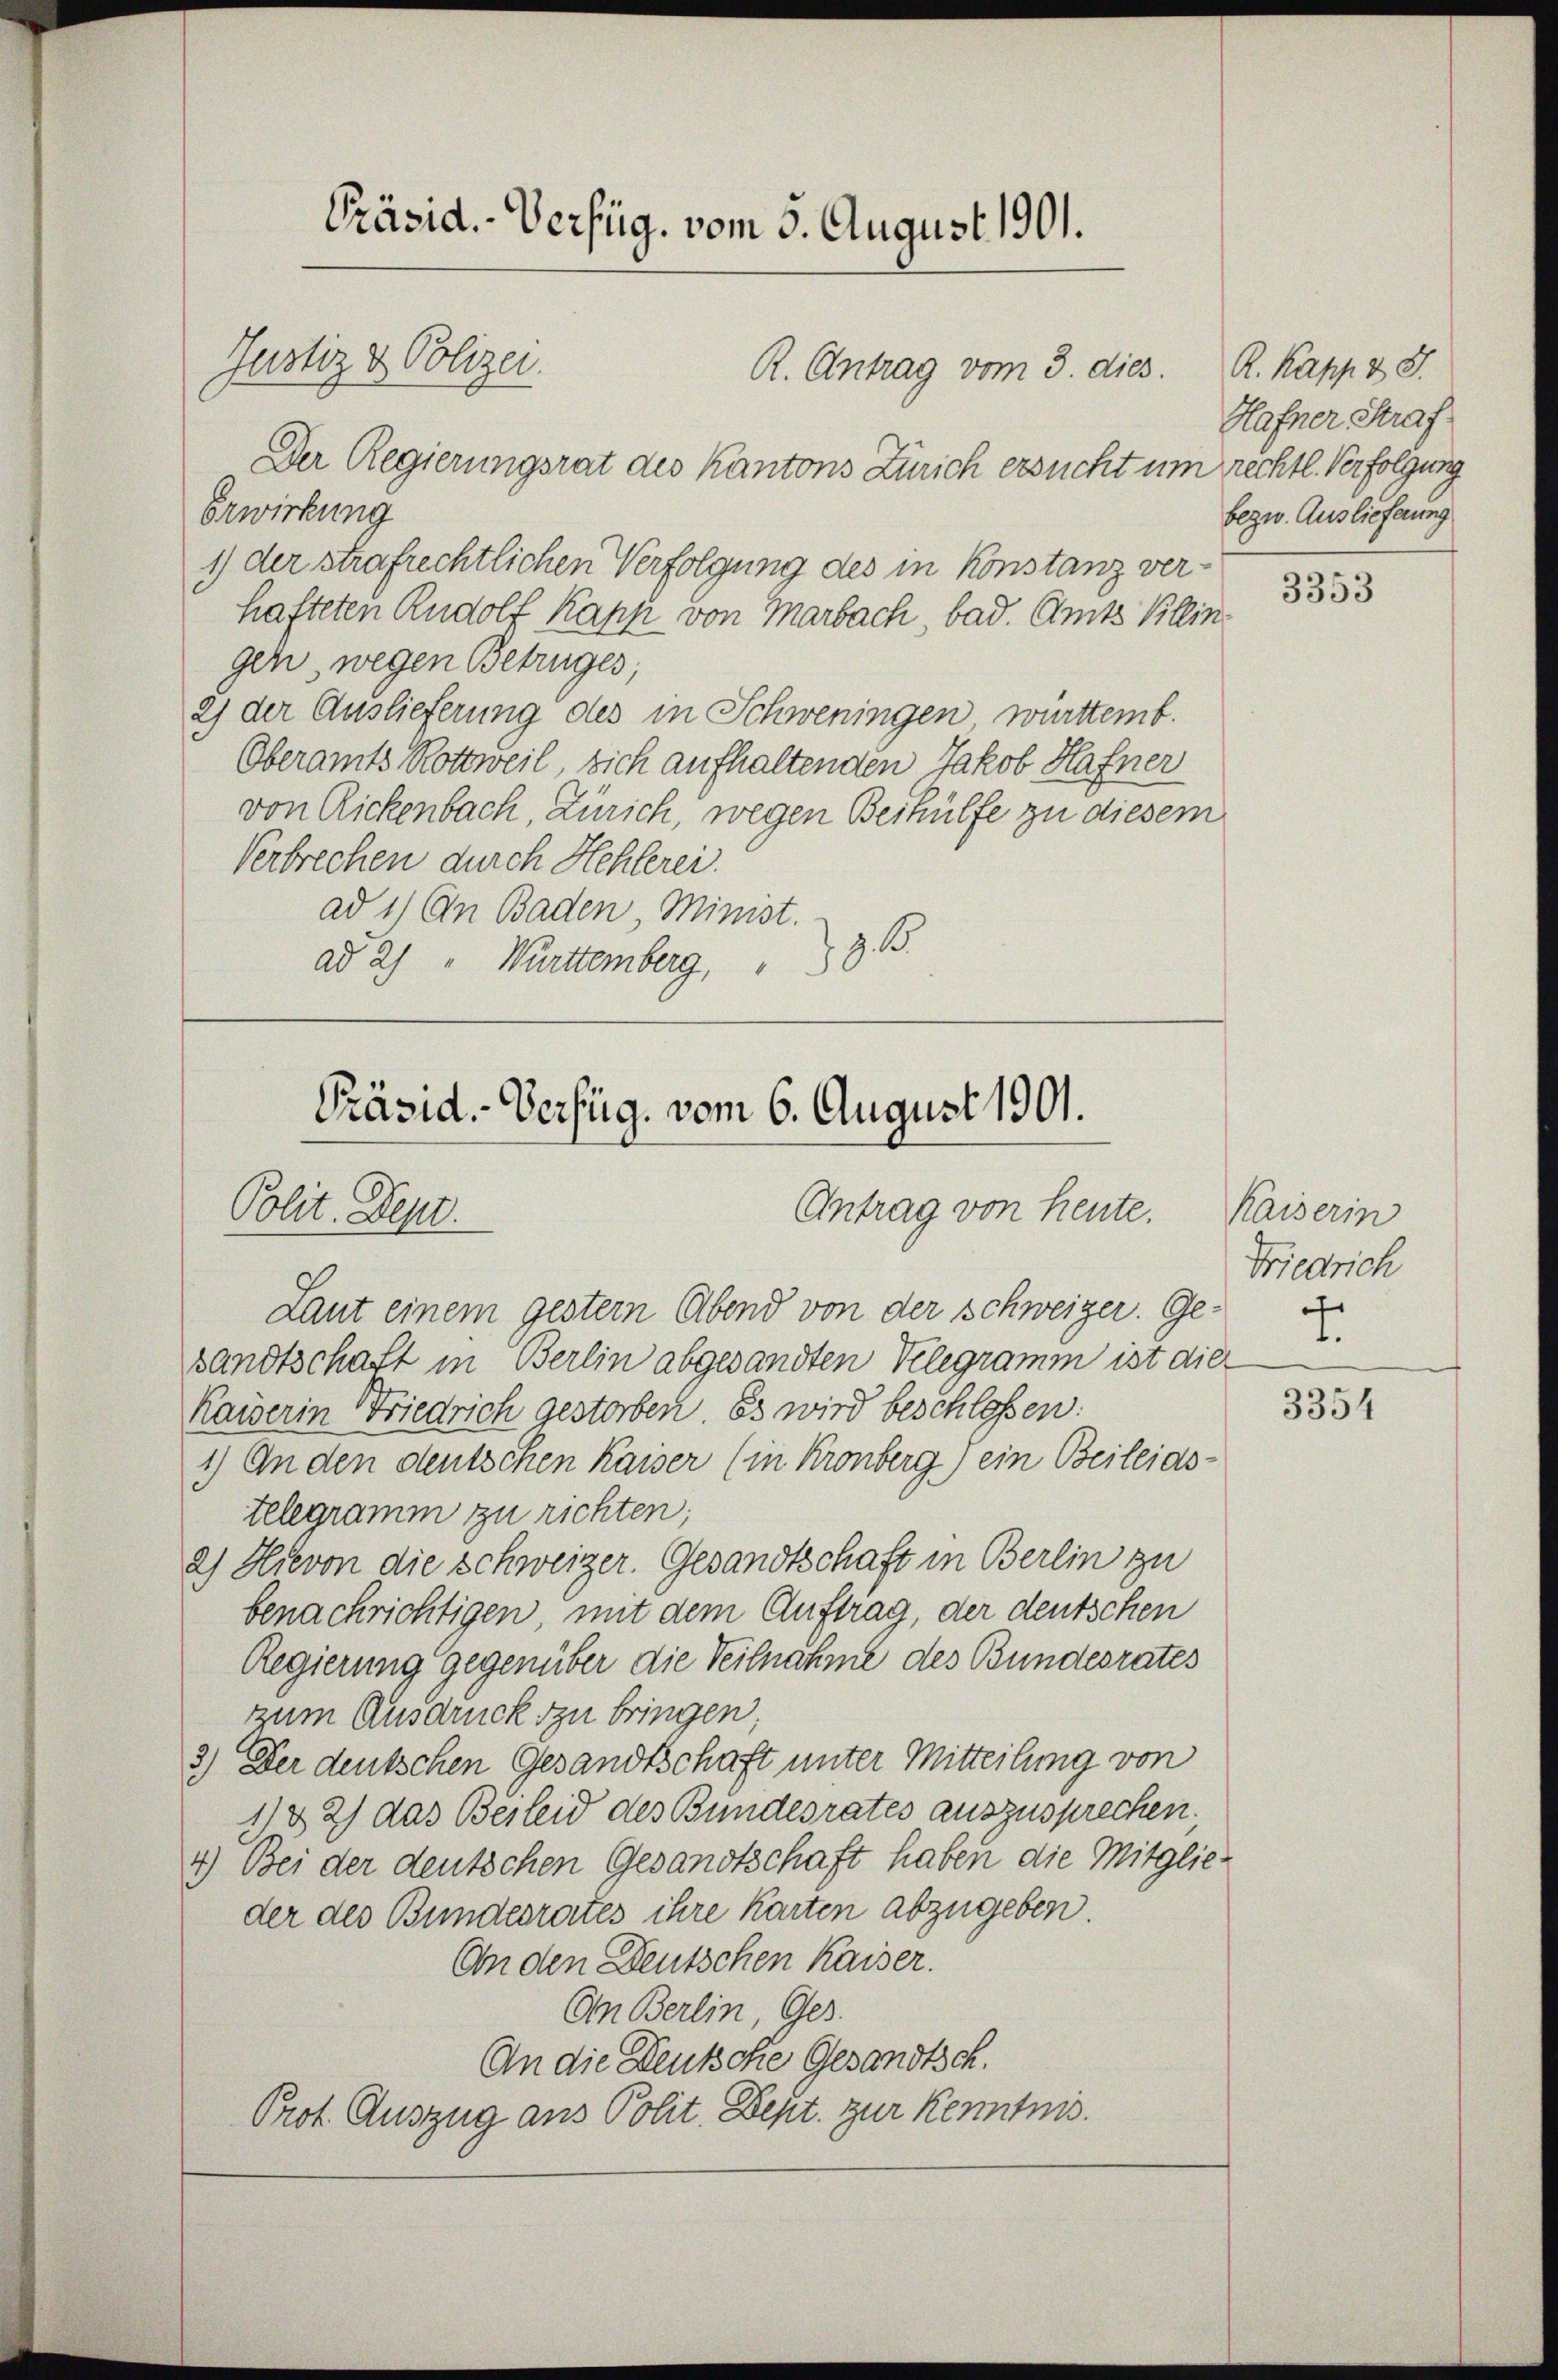
Präsid.- Verfüg, vom 5. August 1901.
Justiz & Polizei.
R. Antrag vom 3. dies. R. Kapp 2 S.

sandtschaft in Berlin abgesandten Velegramm ist die
Kaiserin Friedrich gestorben. Es wird beschloßen:
1.) An den deutschen Kaiser (in Kronberg) ein Beileids-
telegramm zu richten;
a) Hievon die Schweizer. Gesandtschaft in Berlin zu
benachrichtigen, mit dem Auftrag, der deutschen
Regierung gegenüber die Teilnahme des Bundesrates
zum Ausdruck zu bringen,
3.) Der deutschen Gesandtschaft unter Mitteilung von
1) § 2) das Besleid des Bundesrates auszusprechen.
4.) Bei der deutschen Gesandtschaft haben die Mitglieder des Bundesrates ihre Karten abzugeben.
An den Deutschen Kaiser.
An Berlin Ges.
An die Deutsche Gesandtsch.
Prot. Auszug aus Polit. Dept. zur Kenntnis.

Der Regierungsrat des Kantons Zürich ersucht um rechtl. Verfolgung

Erwirkung
1) der strafrechtlichen Verfolgung des in Konstanz verhafteten Rudolf Kapp von Marbach, bad. Amts Kleingen wegen Betruges,
2) der Auslieferung des in Schweningen württemb.
Oberamts Rottweil, sich aufhaltenden Jakob Hafner
von Rickenbach, Zürich, wegen Beihülfe zu diesem
Verbrechen durch Hehlerei.
ad 1) An Baden Minist.
ad 2) " Württemberg, B

Präsid. Verfüg, vom 6. August 1901.
Antrag von heute.
Polit. Sept.
Laut einem gestern Abend von der Schweizer. Ge-

Hafner Straf
bezw. Auslieferung

3353

Kaiserin
Friedrich
d
.

3354